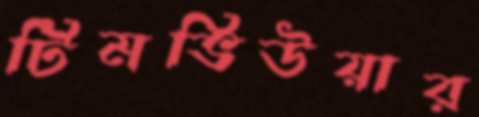
টিমভিউয়ার